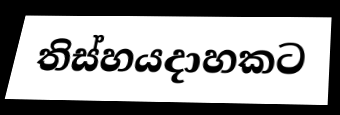
තිස්හයදාහකට